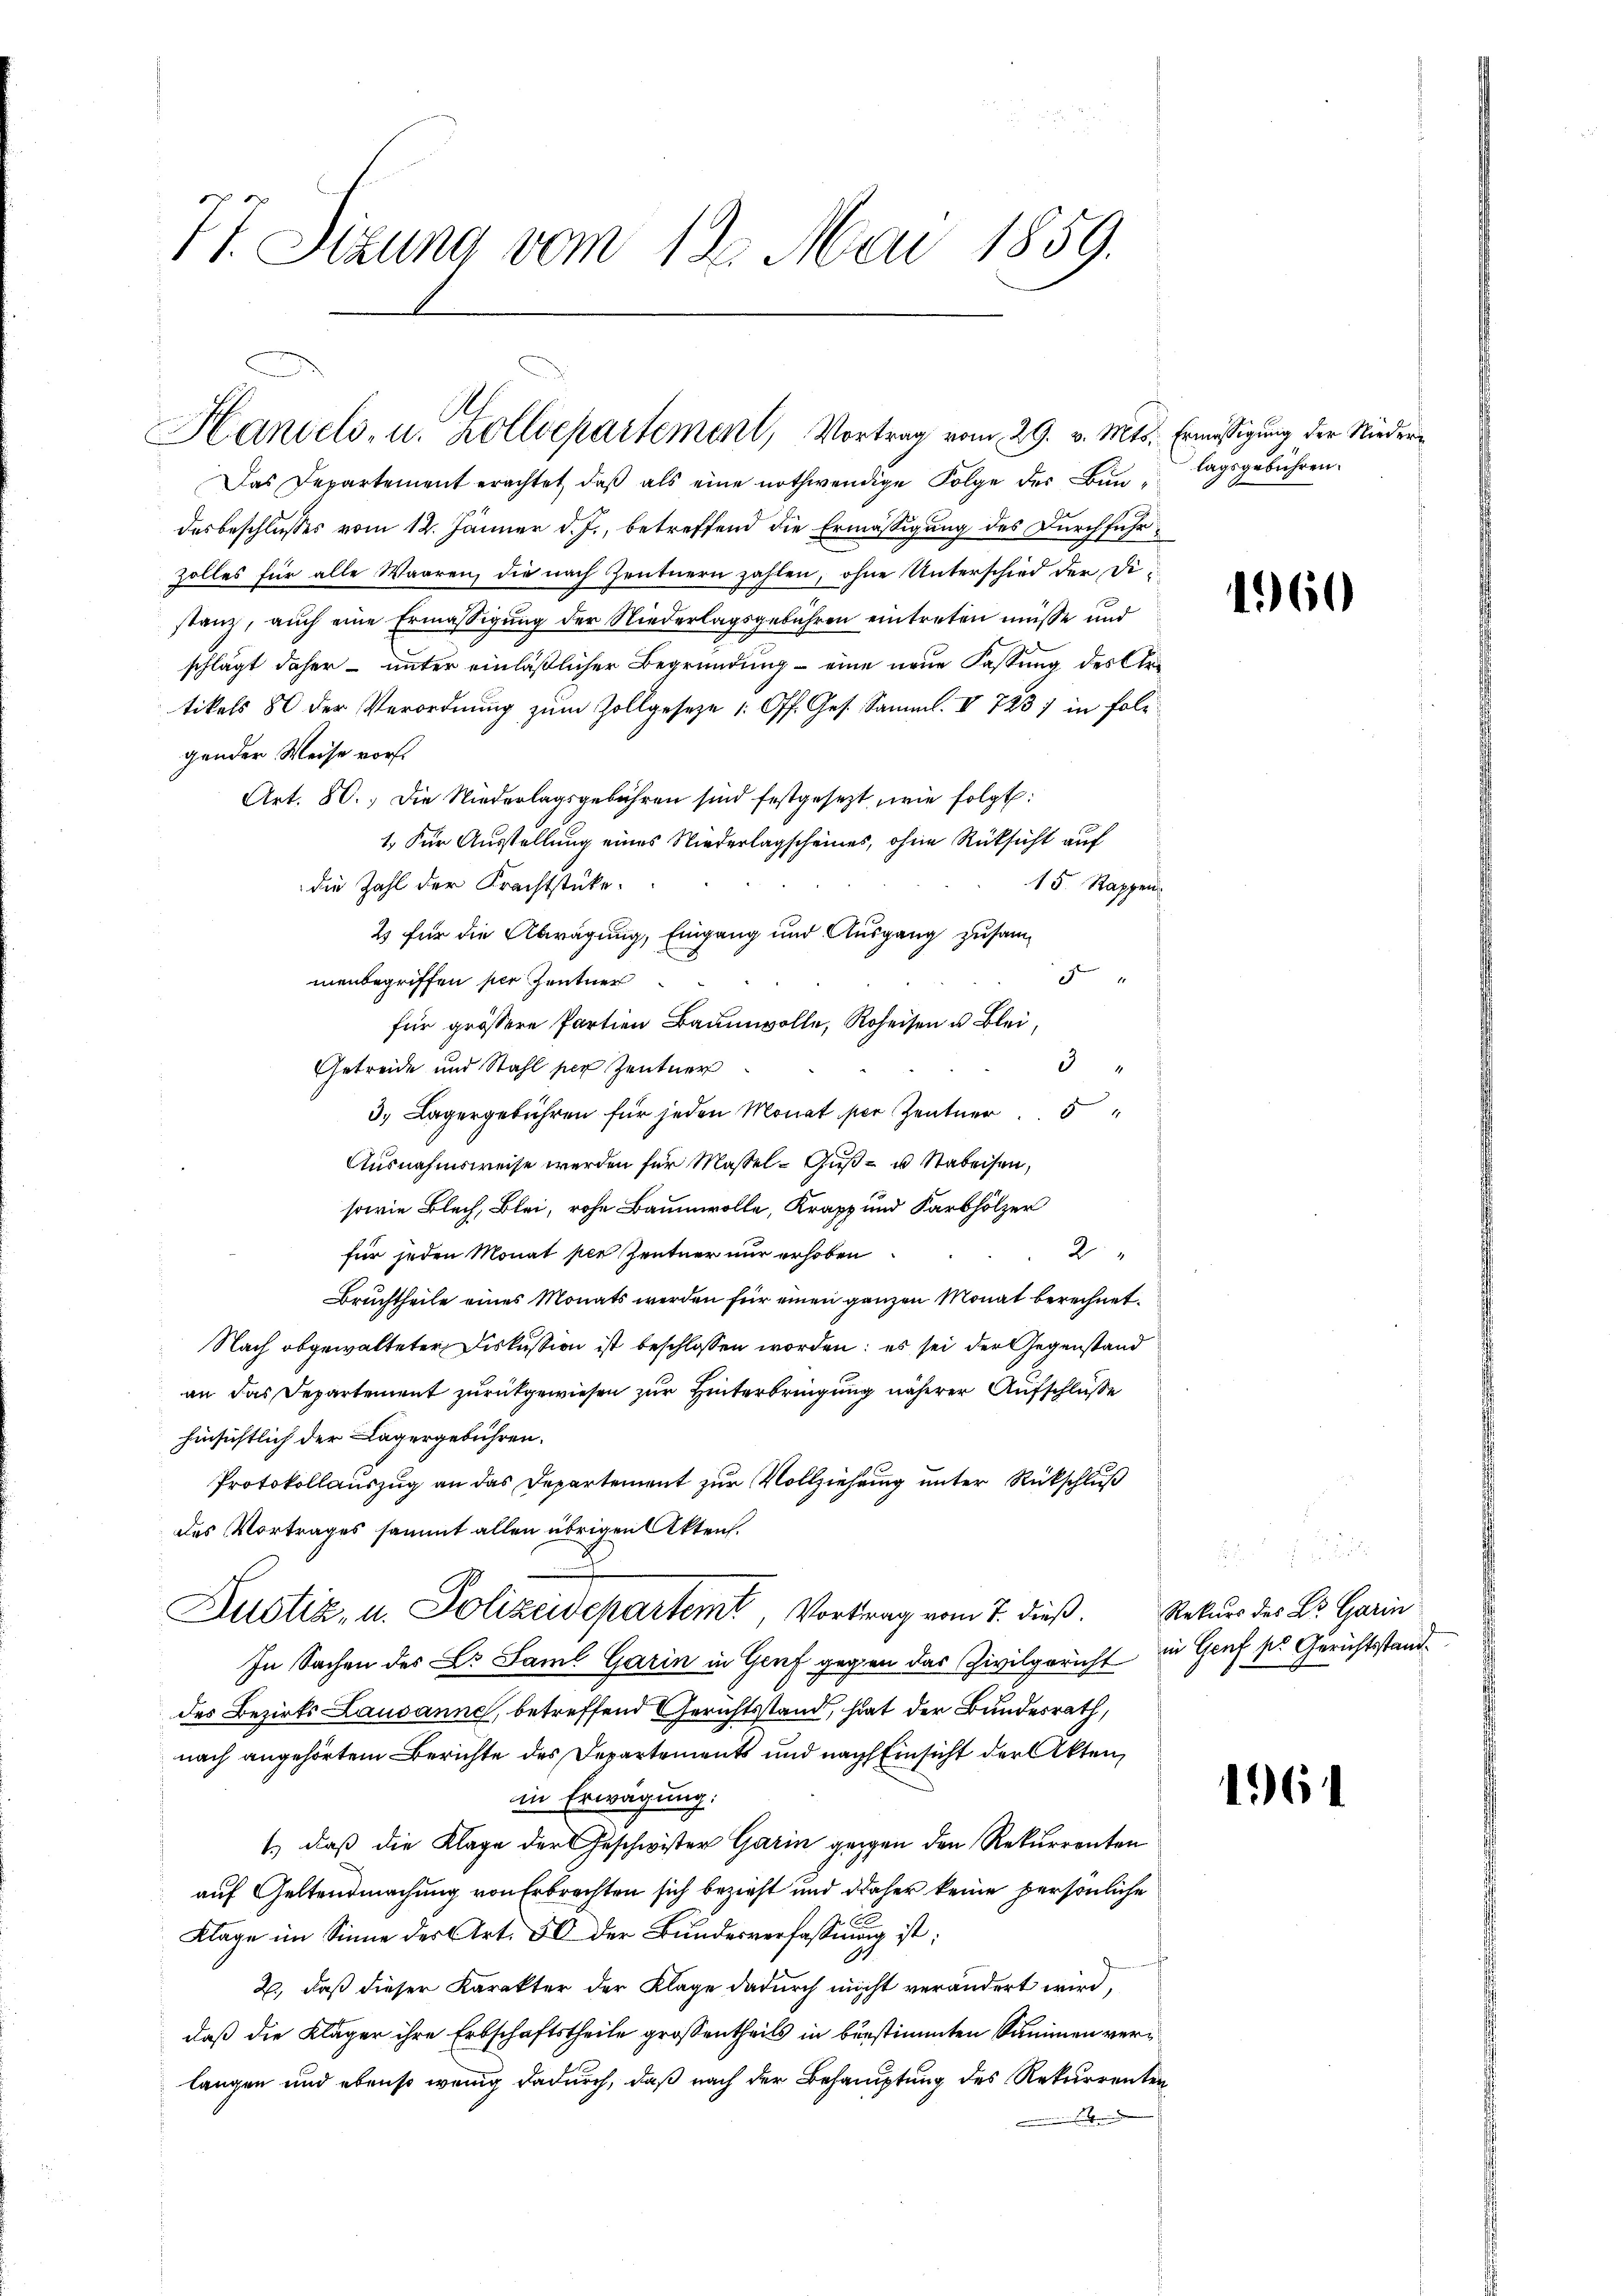
77. Sitzung vom 12. Mai 1859.

Handels, u. Zolldepartement, Vortrag vom 29. v. Mts. Ermässigung der Nieder

Das Departement erachtet, daß als eine nothwendige Folge des Bundesbeschlusses vom 12. Jänner d. J., betreffend die Ermässigung des Durchführ¬
Zolles für alle Waaren, die nach Zentnern zahlen, ohne Unterschied der Distanz, auch eine Ermässigung der Niederlagsgebühren eintreten müsse und
schlägt daher – unter einläßlicher Begründung – eine neue Fassung des Artikels 80 der Verordnung zum Zollgeseze (Off. Ges. Samml. IV 7237 in foligender Weise vorst
Art. 80. Die Niederlagsgebühren sind festgesezt, wie folgt:
1. Für Ausstellung eines Niederlagscheines, ohne Rücksicht auf
die Zahl der Krachtstücke.
15 Rappen
2 für die Abwägung, Eingang und Ausgang zusamd
menbegriffen ser Zentner
für grössere Partien Baumwolle, Roheisen u. Blei¬
3
Getreide und Stahl per Zentner
3. Lagergebühren für jeden Monat per Zentner
Ausnahmsweise werden für Massel - Guß- u Stabeisen,
sowie Blach, Blei, rohe Baumwolle, Krapp und Karbhölzer
2
für jeden Monat per Zentner nur erhoben
Bruchtheile eines Monats werden für einen ganzen Monat berechnet.
Nach abgewalteter Diskussion ist beschlossen worden; es sei der Gegenstand
an das Departement zurückgewiesen zur Hinterbringung näherer Aufschlüße
hinsichtlich der Lagergebühren.
Protokollauszug an das Departement zur Vollziehung unter Rückschluß
des Vortrages sammt allen übrigen Akten.
Justiz, u. Polizeidepartemt, Vortrag vom 7. dieß. Rekurs des Dr. Gerin
In Sachen des Dr. Saml Garin in Genf gegen das Zivilgericht in Genf s. Gerichtsstanddes Bezirks Lausanne, betreffend Gerichtsstand, hat der Bundesrath,
nach angehörtem Berichte des Departements und nach Einsicht der Akten,
in Erwägung:
1.) daß die Klage der Geschwister Garin gegen den Rekurrenten
auf Geltendmachung von Erbrechten sich bezieht und daher keine persönliche
Klage im Sinne der Art. 40 der Bundesverfassung ist;
2., daß dieser Karakter der Klage dadurch nicht verändert wird,
daß die Kläger ihre Erbschaftstheile grossentheils in bestimmten Summen verlangen und ebenso wenig dadurch, daß nach der Behauptung des Rekurrenten

lagsgebühren.

1960

164